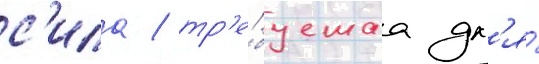
с'ила / тр'е́буемаа дл'я́